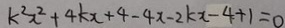
k ^ { 2 } x ^ { 2 } + 4 k x + 4 - 4 x - 2 k x - 4 + 1 = 0